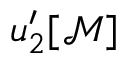
u _ { 2 } ^ { \prime } [ \mathcal { M } ]